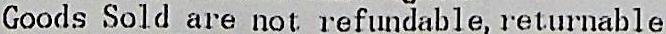
GOODS SOLD ARE NOT REFUNDABLE, RETURNABLE